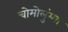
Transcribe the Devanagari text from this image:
चोमोलुंग्मा